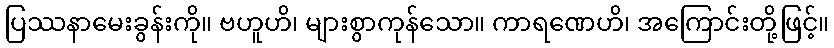
ပြဿနာမေးခွန်းကို။ ဗဟူဟိ၊ များစွာကုန်သော။ ကာရဏေဟိ၊ အကြောင်းတို့ဖြင့်။